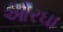
ઓરઘા